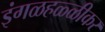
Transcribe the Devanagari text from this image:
इंगळहळ्ळीकर